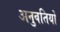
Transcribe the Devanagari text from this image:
अनुवतियों